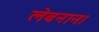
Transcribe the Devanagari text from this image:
लेबनान।